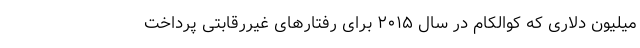
میلیون دلاری که کوالکام در سال ۲۰۱۵ برای رفتارهای غیررقابتی پرداخت